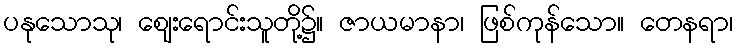
ပနုသောသု၊ ဈေးရောင်းသူတို့၌။ ဇာယမာနာ၊ ဖြစ်ကုန်သော။ တေနရာ၊